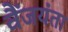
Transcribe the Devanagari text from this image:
वैंजयंता